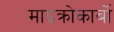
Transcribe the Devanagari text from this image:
माइक्रोकार्बो